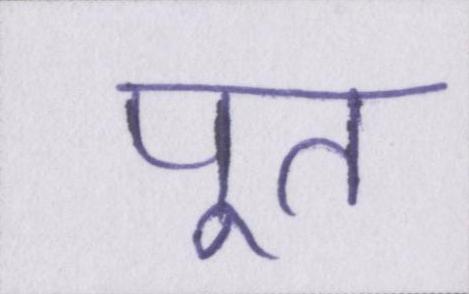
पूत